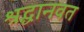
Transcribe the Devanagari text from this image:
श्रद्धानवत